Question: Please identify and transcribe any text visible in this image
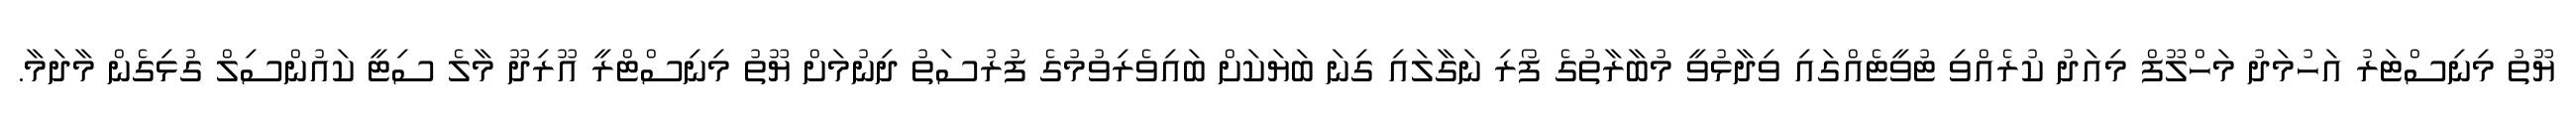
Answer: ޔޫތު މިނިސްޓަރު އަހުމަދު މަހްލޫފް މިއަދު ކުރެއްވި ޓުވީޓެއްގައި ވިދާޅުވީ މުބާރާތުގެ ފޯރި ނަގާލައި ގިނަ ބަޔަކަށް ބައިވެރިވުމުގެ ފުރުސަތު ދިނުމަށް ޔޫތު މިނިސްޓްރީ އޫރިދޫ މާލެ ސިޓީ ކައުންސިލް ގުޅިގެން މާދަމާ.